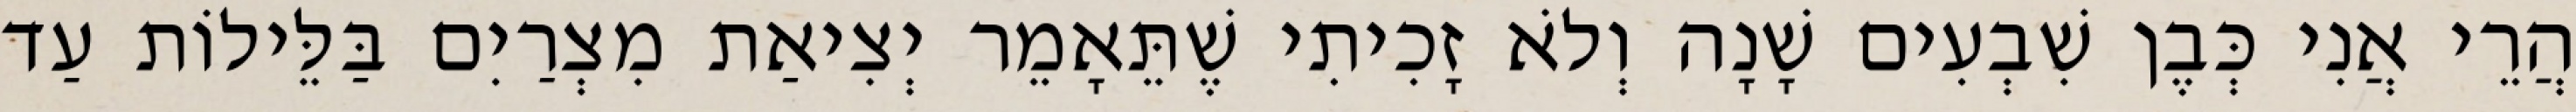
הֲרֵי אֲנִי כְּבֶן שִׁבְעִים שָׁנָה וְלֹא זָכִיתִי שֶׁתֵּאָמֵר יְצִיאַת מִצְרַיִם בַּלֵּילוֹת עַד